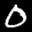
Label: 0